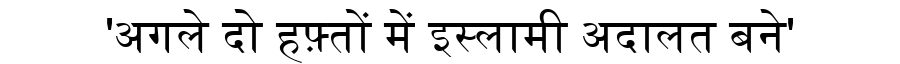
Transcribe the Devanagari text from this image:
'अगले दो हफ़्तों में इस्लामी अदालत बने'